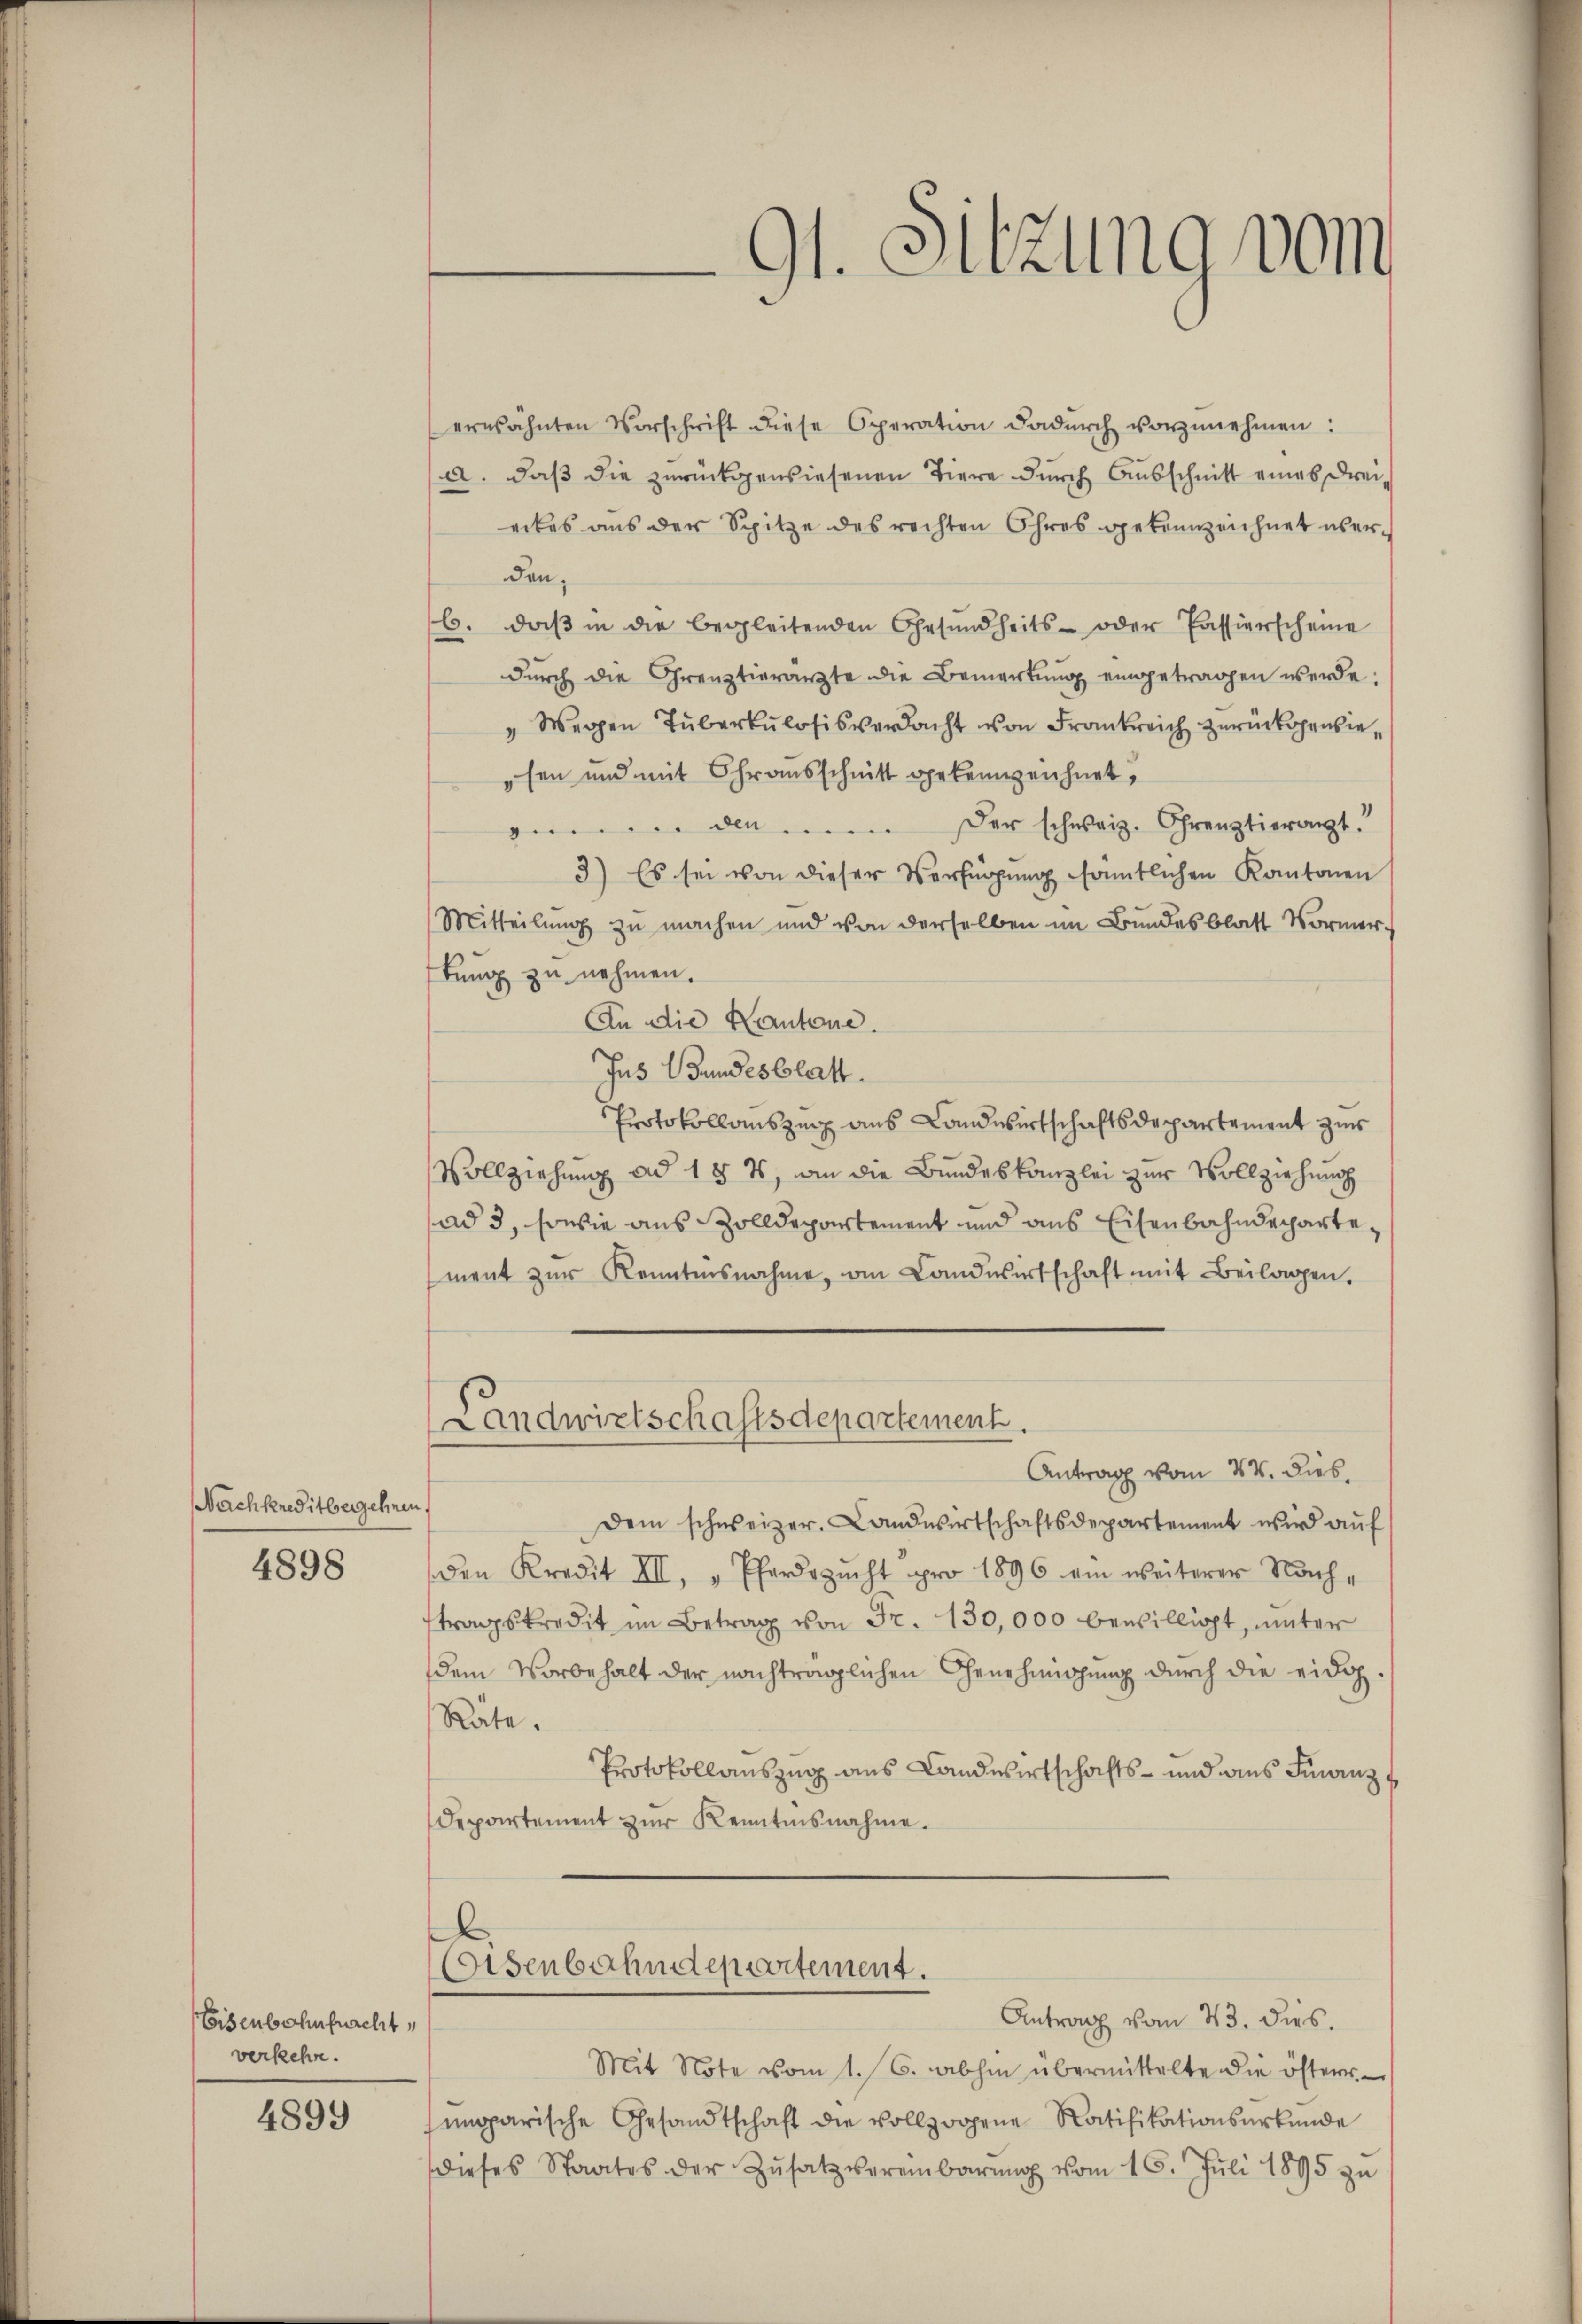
Nachkreditbergehnen.

4898

Eisenbahnfnacht,
verkehr.

4899

d
91. Sitzung vom

erwähnten Vorschrift diese Operation dadŭrch vorzŭnehmen:
a. daß die zurückgewiesenen Tiere durch Ausschnitt eines dreierkes aus der Spitze des rechten Ohres gekennzeichnet über-
den,
6. daβ in die begleitenden Gesŭndheits- oder Passierscheine
dŭrch die Grenztierarzte die Bemerkŭng eingetragen werde.
" Wegen Tuberkulosis verdacht von Frankreich zurückgewiesen und mit Chrausschnitt gekennzeichnet,
den der schweiz. Grenztierant.
3) Es sei von dieser Verfügŭng sämmtlichen Kantonen
Mitteilung zu machen und von derselben im Bundesblatt Vormertung zu nehmen.
An die Kantone.
Jus Bundesblatt.
Protokollauszug aus Landwirtschaftsdepartement zur
Vollziehung ad 1 § 4, an die Bundeskanzlei zur Vollziehung
ad 3, sowie aus Zolldepartement und aus Eisenbahndepartement zŭr Kenntnisnahme, an Landwirtschaft mit Beilagen.
Landwirtschaftsdepartement.
Antrag vom 24. Dieb.
Dem schweizer. Landwirtschaftsdepartement wird aŭf
den Kredit III, "Pferdszŭcht pro 1896 ein weiterer Nach-
tragskredit im Betrag von Fr. 130,000 bewilligt, unter
dem Vorbehalt der nachträglichen Genehmigung durch die eidig
Räte.
Protokollauszug aus Landwirtschafts- und aus Finanz¬
Departement zŭr Kenntnisnahme.
.
Colsenbahndepartement.
Antrag vom 23. dies.
Mit Note vom 1. 6. abhin übermittelte die öfteres
mparische Gesandtschaft die vollzogene Ratifikationsurkunde
dieses Staates der Zŭsatz vereinbarŭng vom 16. Jŭli 1895 zŭ